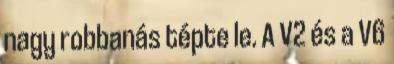
nagy robbanás tépte le. A V2 és a V6